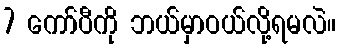
7 ကော်ပီကို ဘယ်မှာဝယ်လို့ရမလဲ။